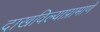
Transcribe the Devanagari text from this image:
दाखविल्याप्रामाणे